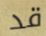
قد